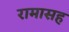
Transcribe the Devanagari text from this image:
रामासह